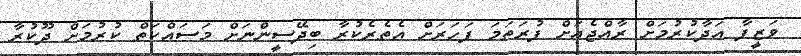
ވަޒީފާ އަދާކުރުމަށް ރާއްޖެއަށް ފުރަތަމަ ފަހަރަށް އެތެރެކުރާ ބިދޭސީންނަށް މަސައްކަތް ކުރުމަށް ދޫކުރާ